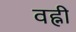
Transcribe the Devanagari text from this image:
वह्नी